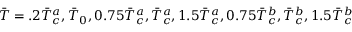
\Bar { T } = . 2 \Bar { T } _ { c } ^ { a } , \Bar { T } _ { 0 } , 0 . 7 5 \Bar { T } _ { c } ^ { a } , \Bar { T } _ { c } ^ { a } , 1 . 5 \Bar { T } _ { c } ^ { a } , 0 . 7 5 \Bar { T } _ { c } ^ { b } , \Bar { T } _ { c } ^ { b } , 1 . 5 \Bar { T } _ { c } ^ { b }